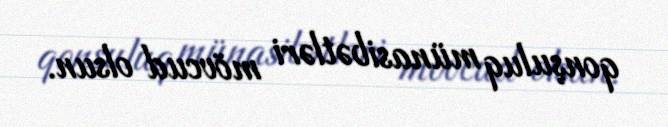
qonşuluq münasibətləri mövcud olsun.